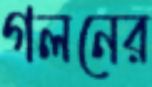
গলনের